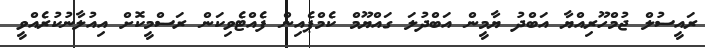
ރައީސުލް ޖުމްހޫރިއްޔާ އަބްދު ޔާމީން އަބްދުލަ ގައްޔޫމް ކެމްޕެއިން ފެއްޓެވިކަން ރަސްމީކޮށް އިއުލާނުކުރެއްވީ